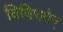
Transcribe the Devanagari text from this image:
विविधतेन्